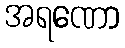
အရဏော